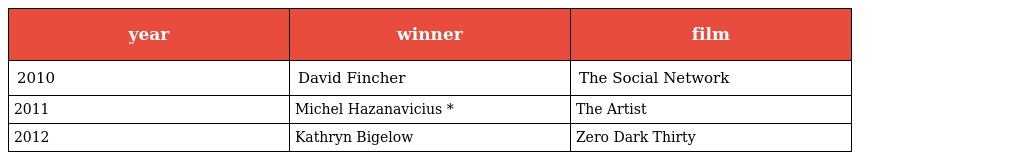
| year | winner | film |
 | --- | --- | --- |
 | 2010 | David Fincher | The Social Network |
 | 2011 | Michel Hazanavicius * | The Artist |
 | 2012 | Kathryn Bigelow | Zero Dark Thirty |